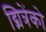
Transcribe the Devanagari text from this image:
द्मित्रेंको